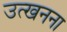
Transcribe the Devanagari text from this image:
उत्खनना